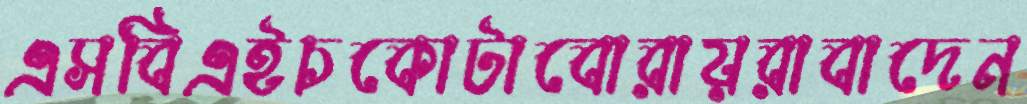
এসবিএইচকোটাবোরায়রাবাদেন